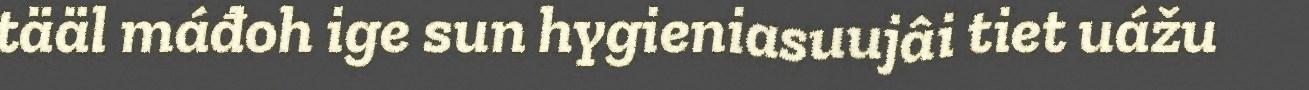
tääl máđoh ige sun hygieniasuujâi tiet uážu